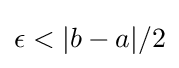
\epsilon <|b-a|/2